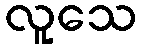
လူသေ